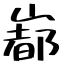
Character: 𡼞